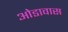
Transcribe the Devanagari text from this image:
ओडावास